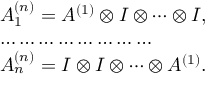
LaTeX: \begin{array} { l } { { A _ { 1 } ^ { ( n ) } = A ^ { ( 1 ) } \otimes I \otimes \cdots \otimes I , } } \\ { { \ldots \ldots \ldots \ldots \ldots \ldots \ldots \ldots } } \\ { { A _ { n } ^ { ( n ) } = I \otimes I \otimes \cdots \otimes A ^ { ( 1 ) } . } } \end{array}